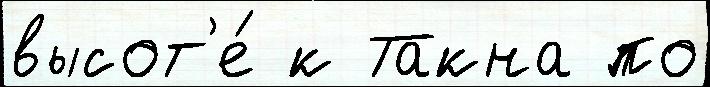
высот'е́ к Такна по